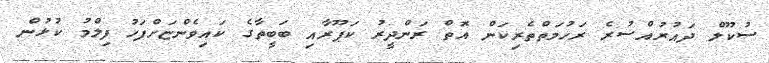
ސުކޫލް ދައުރުއްސުރެ ރަހުމަތްތެރިކަން އޮތް ރަންދީރު ކަޕޫރާއި ބަބީތާގެ ކައިވެންޏަށްފަހު ފިލްމު ކުޅުން